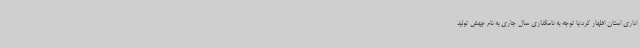
اداری استان اظهار کرد:با توجه به نامگذاری سال جاری به نام جهش تولید